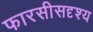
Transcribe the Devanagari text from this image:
फारसीसदृश्य